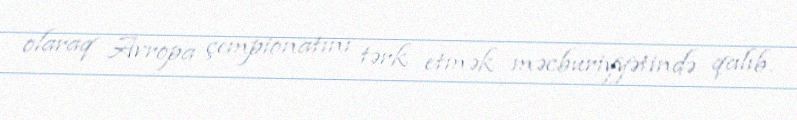
olaraq Avropa çempionatını tərk etmək məcburiyyətində qalıb.